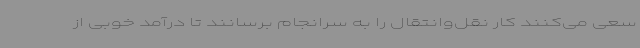
سعی می‌کنند کار نقل‌وانتقال را به سرانجام برسانند تا درآمد خوبی از